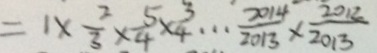
= 1 \times \frac { 2 } { 3 } \times \frac { 5 } { 4 } \times \frac { 3 } { 4 } \cdots \frac { 2 0 1 4 } { 2 0 1 3 } \times \frac { 2 0 1 2 } { 2 0 1 3 }